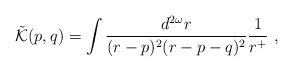
\begin{align*}\tilde{{\cal K}}(p,q) = \int \frac {d^{2\omega}r}{(r-p)^2(r-p-q)^2}\frac {1}{r^{+}}\,\,,\end{align*}